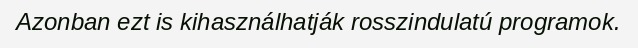
Azonban ezt is kihasználhatják rosszindulatú programok.